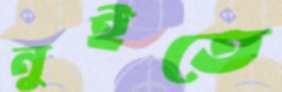
নুইতে